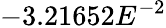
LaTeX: -3.21652E^{-2}